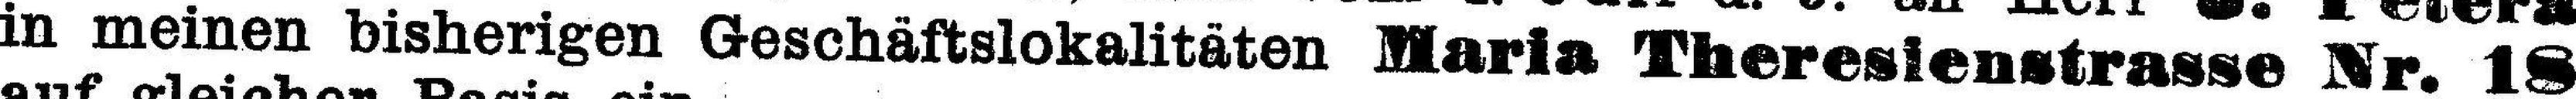
in meinen bisherigen Geschäftslokalitäten Maria Theresienstrasse Nr. 18